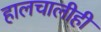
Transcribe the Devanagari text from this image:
हालचालीही